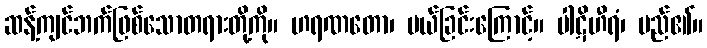
ဆန့်ကျင်ဘက်ဖြစ်သောတရားတို့ကို။ ဟရဏတော၊ ပယ်ခြင်းကြောင့်။ ပါဋိဟီရံ၊ မည်၏။